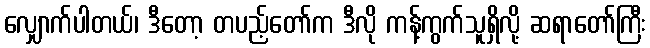
လျှောက်ပါတယ်၊ ဒီတော့ တပည့်တော်က ဒီလို ကန့်ကွက်သူရှိလို့ ဆရာတော်ကြီး